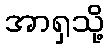
အာရှသို့